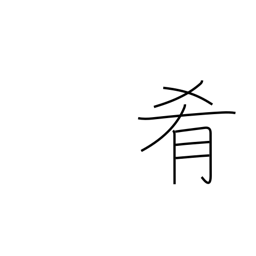
Meaning: accompaniment for drinks